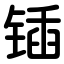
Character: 锸